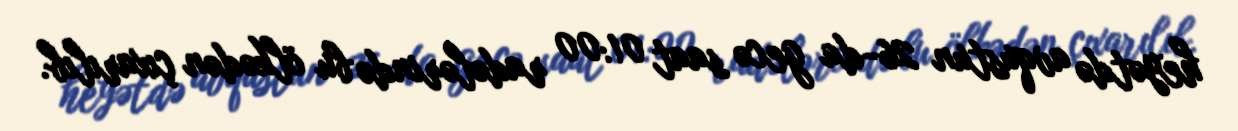
heyətdə avqustun 26-da gecə saat 01:00 radələrində bu ölkədən çıxarılıb.